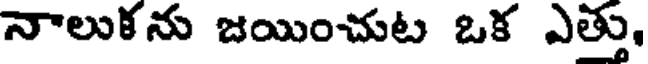
నాలుకను జయించుట ఒక ఎత్తు,